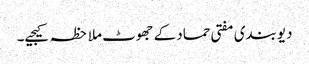
دیوبندی مفتی حماد کے جھوٹ ملاحظہ کیجیے۔